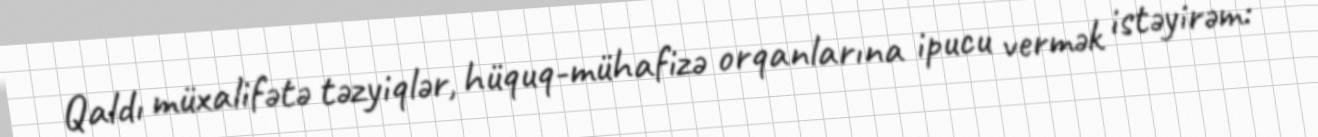
Qaldı müxalifətə təzyiqlər, hüquq-mühafizə orqanlarına ipucu vermək istəyirəm: